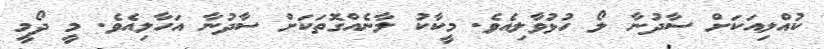
ކުއްލިއަކަށް ސާދުނާ ލޯ ހުޅުވާލިއެވެ. މީކާކު ލާނެއްގޮތަކަށް ސާދުނާ އަހާލިއެވެ. މީ ދޯމީ